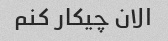
الان چیکار کنم